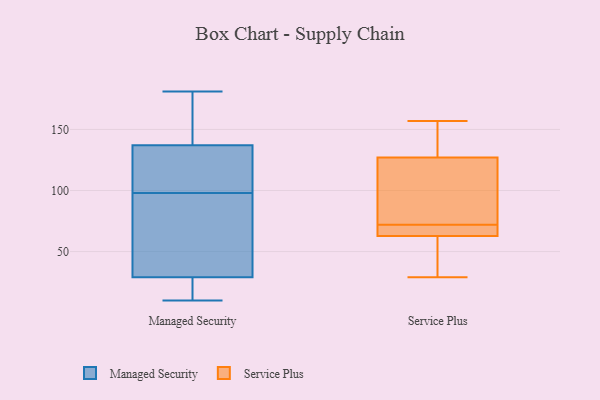
{"axis": {"x": "Latency (ms)", "y": "Value"}, "legend": ["Managed Security", "Service Plus"], "data": [{"x": "", "y": 105, "type": "Managed Security"}, {"x": "", "y": 91, "type": "Managed Security"}, {"x": "", "y": 141, "type": "Managed Security"}, {"x": "", "y": 16, "type": "Managed Security"}, {"x": "", "y": 180, "type": "Managed Security"}, {"x": "", "y": 53, "type": "Managed Security"}, {"x": "", "y": 55, "type": "Managed Security"}, {"x": "", "y": 106, "type": "Managed Security"}, {"x": "", "y": 29, "type": "Managed Security"}, {"x": "", "y": 181, "type": "Managed Security"}, {"x": "", "y": 137, "type": "Managed Security"}, {"x": "", "y": 116, "type": "Managed Security"}, {"x": "", "y": 17, "type": "Managed Security"}, {"x": "", "y": 10, "type": "Managed Security"}, {"x": "", "y": 68, "type": "Service Plus"}, {"x": "", "y": 92, "type": "Service Plus"}, {"x": "", "y": 109, "type": "Service Plus"}, {"x": "", "y": 157, "type": "Service Plus"}, {"x": "", "y": 72, "type": "Service Plus"}, {"x": "", "y": 65, "type": "Service Plus"}, {"x": "", "y": 133, "type": "Service Plus"}, {"x": "", "y": 136, "type": "Service Plus"}, {"x": "", "y": 62, "type": "Service Plus"}, {"x": "", "y": 41, "type": "Service Plus"}, {"x": "", "y": 29, "type": "Service Plus"}]}